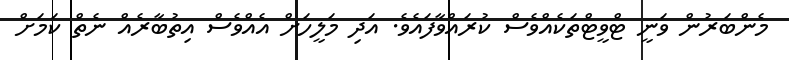
މެންބަރުން ވަނީ ޓްވީޓްތަކެއްވެސް ކުރައްވާފައެވެ. އަދި މަލީހަށް އެެއްވެސް އިތުބާރެއް ނެތް ކަމަށް